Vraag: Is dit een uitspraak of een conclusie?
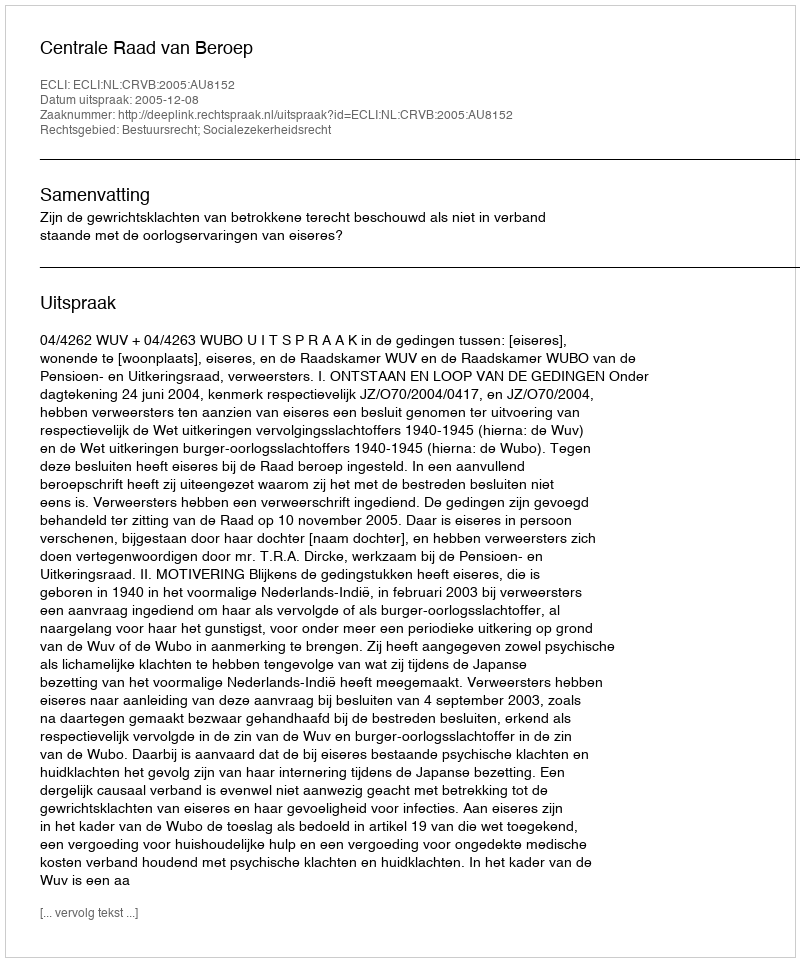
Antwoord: Uitspraak